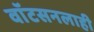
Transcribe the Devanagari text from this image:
वाॅटसनलाही